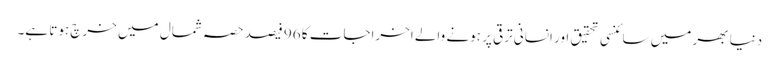
دنیا بھر میں سائنسی تحقیق اور انسانی ترقی پر ہونے والے اخراجات کا 96 فیصد حصہ شمال میں خرچ ہوتا ہے۔